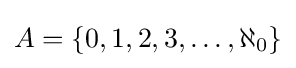
A=\{0,1,2,3,\ldots ,\aleph _{0}\}